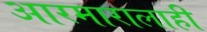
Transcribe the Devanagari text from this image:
आरमारालाही